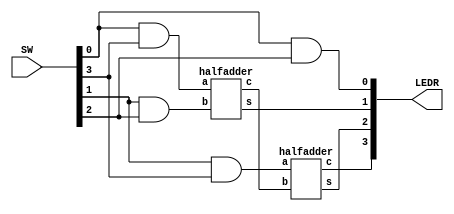
module twobitmultiply(SW, LEDR);
input [3:0] SW;
output [3:0] LEDR;

wire a1, a2, b1, b2;
wire c1, c2, s1, s2, s3;

assign a1 = SW[0];
assign a2 = SW[1];
assign b1 = SW[2];
assign b2 = SW[3];

halfadder ha1((a1 & b2), (a2 & b1), c1, s1);
halfadder ha2((a2 & b2), c1, c2, s2);

assign LEDR[0] = a1 & b1;
assign LEDR[1] = s1;
assign LEDR[2] = s2;
assign LEDR[3] = c2;
endmodule

module halfadder(a, b, c, s);
input a, b;
output c, s;

assign s = a ^ b;
assign c = a & b;
endmodule//6:14 PM 30-Mar-18